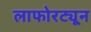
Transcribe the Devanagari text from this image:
लाफोरट्यून